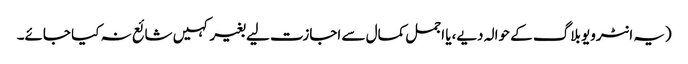
(یہ انٹرویو بلاگ کے حوالہ دیے،یا اجمل کمال سے اجازت لیے بغیر کہیں شائع نہ کیا جائے۔